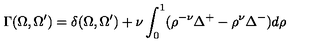
\Gamma ( \Omega , \Omega ^ { \prime } ) = \delta ( \Omega , \Omega ^ { \prime } ) + \nu \int _ { 0 } ^ { 1 } ( \rho ^ { - \nu } \Delta ^ { + } - \rho ^ { \nu } \Delta ^ { - } ) d \rho